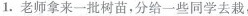
1. 老师拿来一批树苗，分给一些同学去栽，